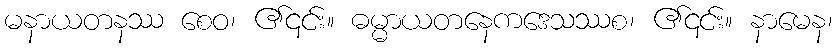
မနာယတနဿ စေဝ၊ ၏၎င်း။ ဓမ္မာယတနေကဒေသဿစ၊ ၏၎င်း။ နာမေန၊